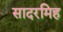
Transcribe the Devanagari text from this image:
सादरमिह